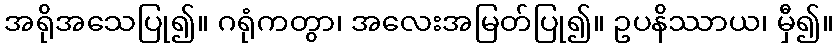
အရိုအသေပြု၍။ ဂရုံကတွာ၊ အလေးအမြတ်ပြု၍။ ဥပနိဿာယ၊ မှီ၍။